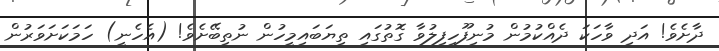
ދާށެވެ! އަދި ވާހަކަ ދެއްކުމުން މުނިފޫހިފިލުވާ ގޮތުގައި ތިޔަބައިމީހުން ނުތިބޭށެވެ! (އެހެނީ) ހަމަކަށަވަރުން